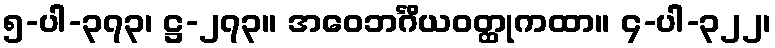
၅-ပါ-၃၇၃၊ ဋ္ဌ-၂၇၃။ အဝေဘင်္ဂိယဝတ္ထုကထာ။ ၄-ပါ-၃၂၂၊